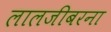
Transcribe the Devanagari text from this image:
लालजीबरना